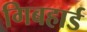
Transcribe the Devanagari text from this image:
गिबहार्ड